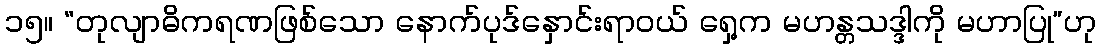
၁၅။ “တုလျာဓိကရဏဖြစ်သော နောက်ပုဒ်နှောင်းရာဝယ် ရှေ့က မဟန္တသဒ္ဒါကို မဟာပြု”ဟု